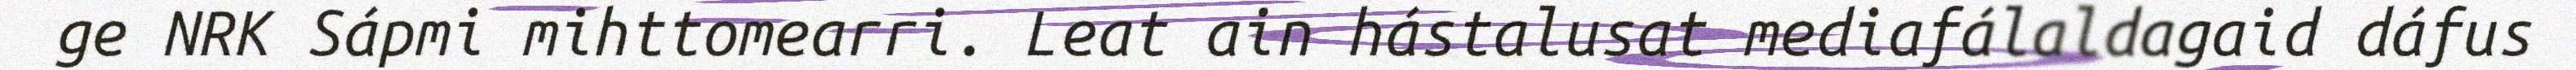
ge NRK Sápmi mihttomearri. Leat ain hástalusat mediafálaldagaid dáfus